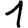
Digit: 1